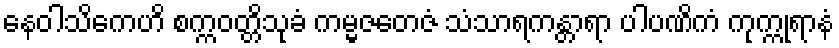
နေဝါသိကေဟိ စက္ကဝတ္တိသုခံ ကမ္မဇတေဇံ သံသာရကန္တာရာ ပါပဏိကံ ကုက္ကုရာနံ